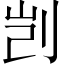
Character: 剀